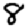
Digit: 8